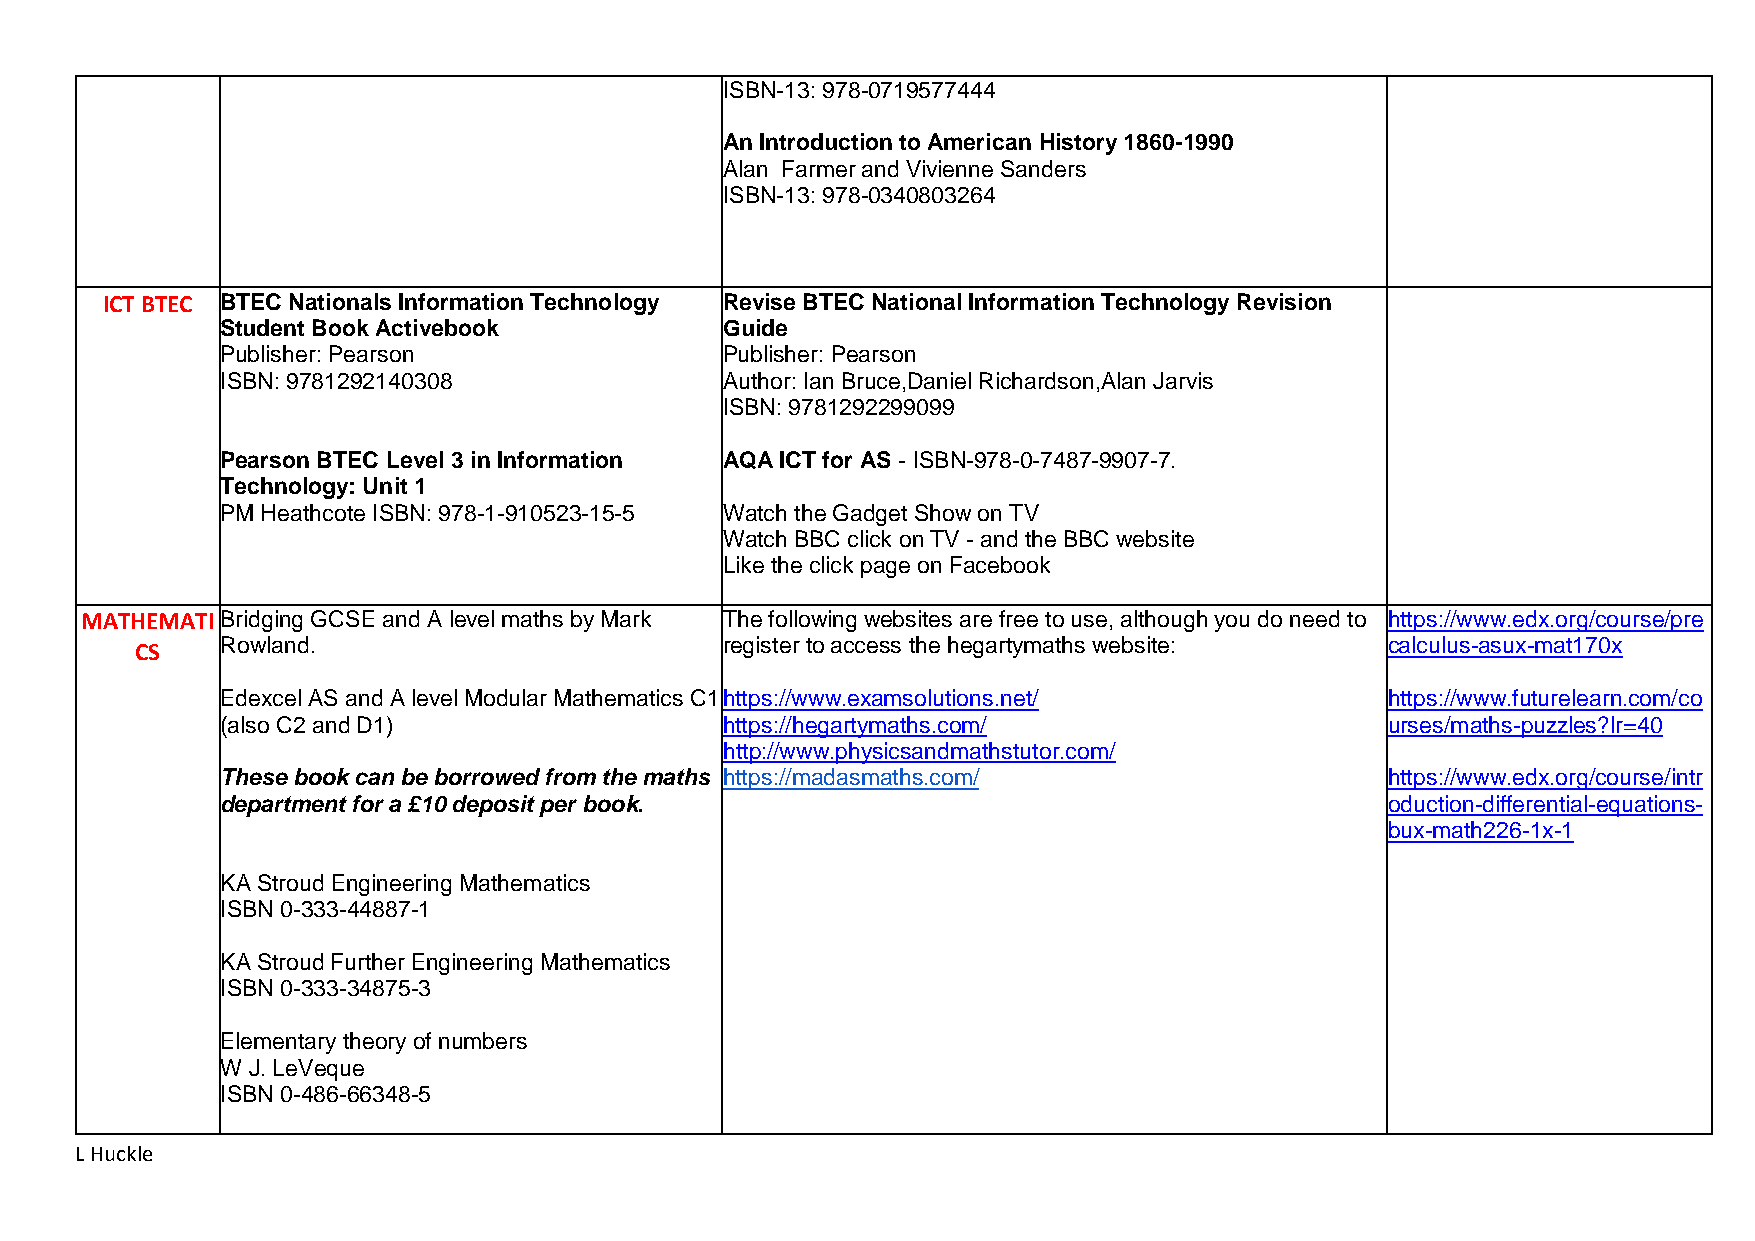
ISBN-13: 978-0719577444
 An Introduction to American History 1860-1990
 Alan Farmer and Vivienne Sanders
 ISBN-13: 978-0340803264
 ICT BTEC BTEC Nationals Information Technology Revise BTEC National Information Technology Revision
 Student Book Activebook          Guide
 Publisher: Pearson               Publisher: Pearson
 ISBN: 9781292140308              Author: Ian Bruce,Daniel Richardson,Alan Jarvis
 ISBN: 9781292299099
 Pearson BTEC Level 3 in Information AQA ICT for AS - ISBN-978-0-7487-9907-7.
 Technology: Unit 1
 PM Heathcote ISBN: 978-1-910523-15-5 Watch the Gadget Show on TV
 Watch BBC click on TV - and the BBC website
 Like the click page on Facebook
 MATHEMATIBridging GCSE and A level maths by Mark The following websites are free to use, although you do need to https://www.edx.org/course/pre
 CS    Rowland.                         register to access the hegartymaths website: calculus-asux-mat170x
 Edexcel AS and A level Modular Mathematics C1 https://www.examsolutions.net/ https://www.futurelearn.com/co
 (also C2 and D1)                 https://hegartymaths.com/                   urses/maths-puzzles?lr=40
 http://www.physicsandmathstutor.com/
 These book can be borrowed from the maths https://madasmaths.com/            https://www.edx.org/course/intr
 department for a £10 deposit per book.                                       oduction-differential-equations-
 bux-math226-1x-1
 KA Stroud Engineering Mathematics
 ISBN 0-333-44887-1
 KA Stroud Further Engineering Mathematics
 ISBN 0-333-34875-3
 Elementary theory of numbers
 W J. LeVeque
 ISBN 0-486-66348-5
 L Huckle